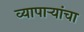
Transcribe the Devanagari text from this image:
व्यापार्‍यांचा